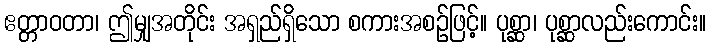
ဧတ္တာဝတာ၊ ဤမျှအတိုင်း အရှည်ရှိသော စကားအစဉ်ဖြင့်။ ပုစ္ဆာ၊ ပုစ္ဆာလည်းကောင်း။